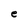
Character: e